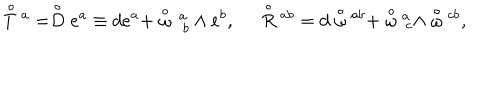
LaTeX: \stackrel { \circ } { T } { ^ a } = \stackrel { \circ } { D } e ^ { a } \equiv d e ^ { a } + \stackrel { \circ } { \omega } { _ { \, \cdot b } ^ { \, a } } \wedge e ^ { b } , \; \; \stackrel { \circ } { R } { ^ { a b } } = d \stackrel { \circ } { \omega } { ^ { a b } } + \stackrel { \circ } { \omega } { ^ a _ { \cdot c } } \wedge \stackrel { \circ } { \omega } { ^ { c b } } ,